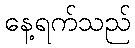
နေ့ရက်သည်